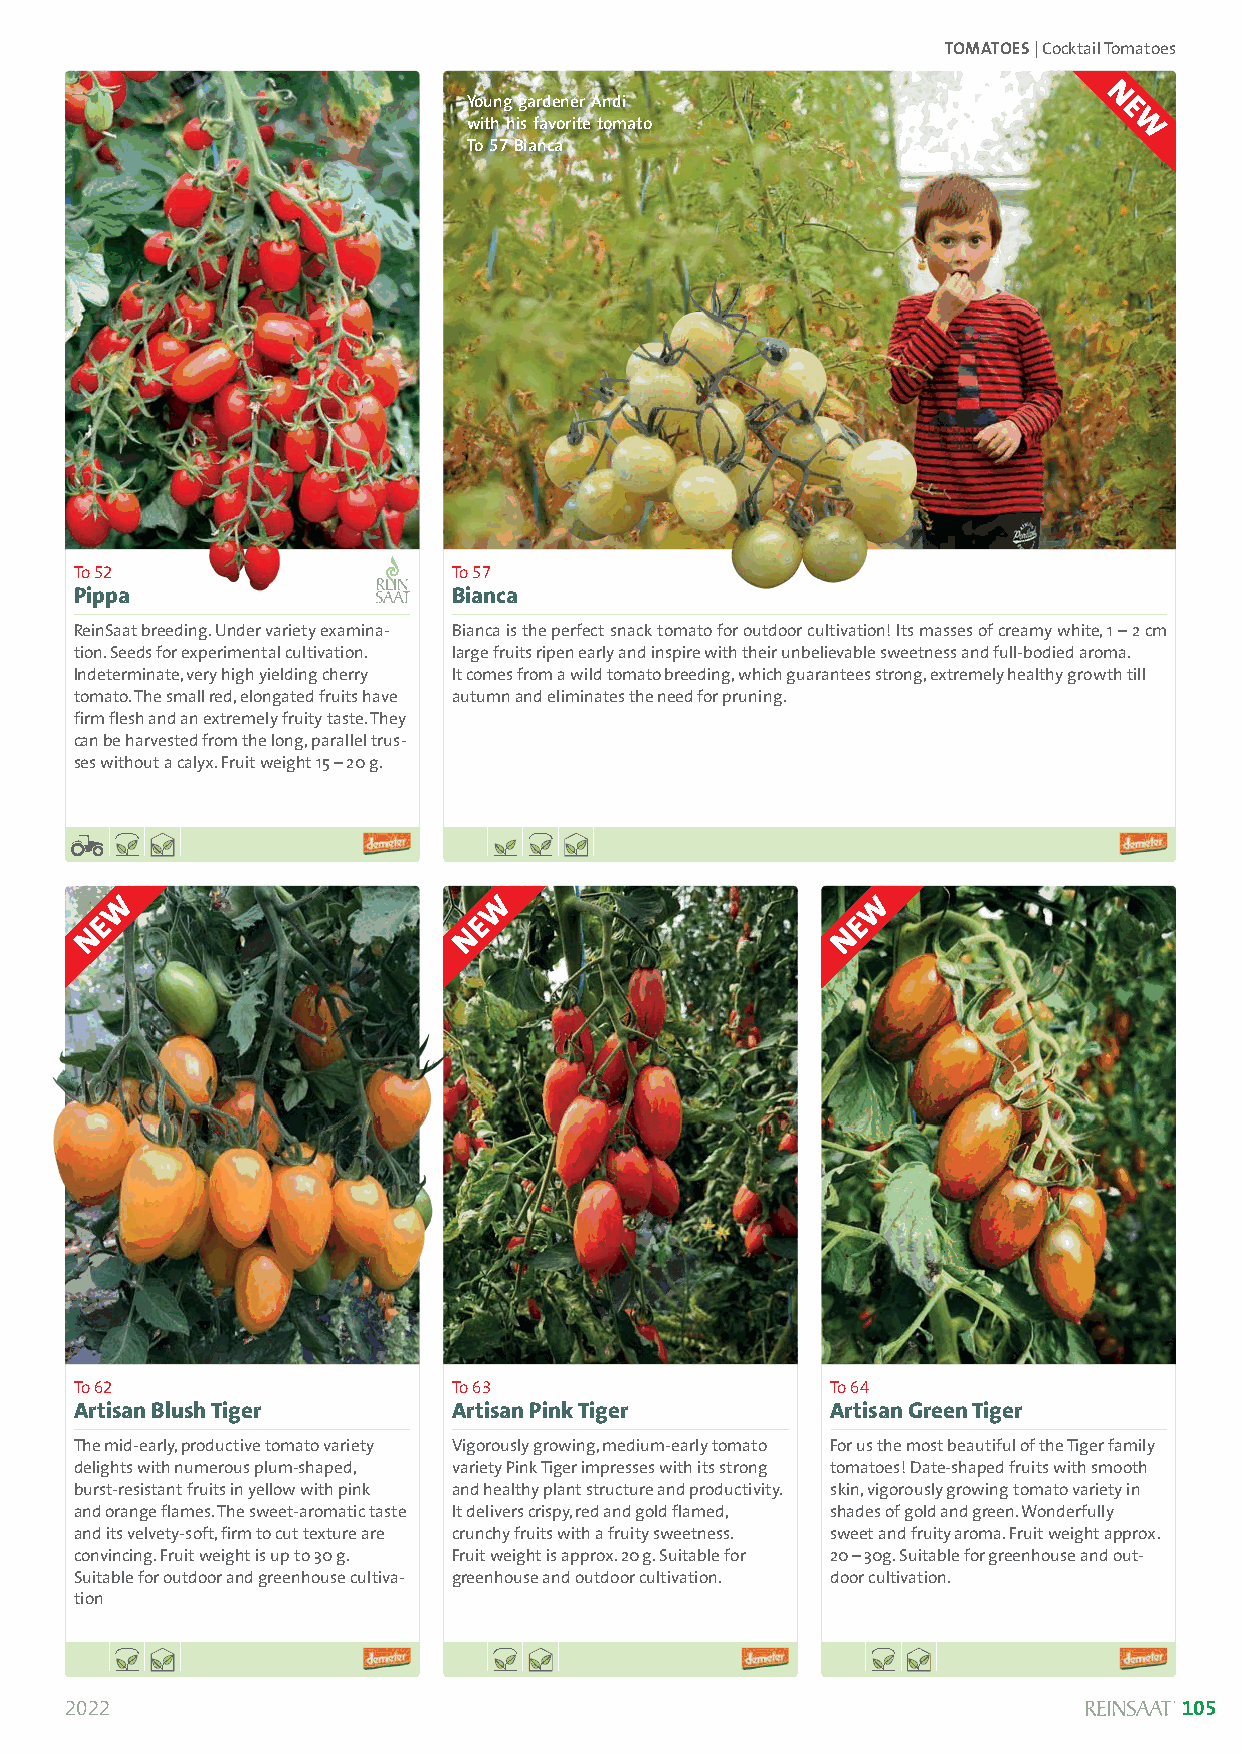
TOMATOES| Cocktail Tomatoes
 Young gardener Andi
 with his favorite tomato
 To 57Bianca
 To 52                    To 57
 Pippa                    Bianca
 ReinSaat breeding. Under variety examina- Bianca is the perfect snack tomato for outdoor cultivation! Its masses of creamy white, 1 –2 cm
 tion. Seeds for experimental cultivation. large fruits ripen early and inspire with their unbelievable sweetness and full-bodied aroma.
 Indeterminate, very high yielding cherry It comes from a wild tomato breeding, which guarantees strong, extremely healthy growth till
 tomato. The small red, elongated fruits have autumn and eliminates the need for pruning.
 firm flesh and an extremely fruity taste. They
 can be harvested from the long, parallel trus-
 ses without a calyx. Fruit weight 15 –20 g.
 To 62                    To 63                    To 64
 Artisan Blush Tiger      Artisan Pink Tiger       Artisan Green Tiger
 The mid-early, productive tomato variety Vigorously growing, medium-early tomato For us the most beautiful of the Tiger family
 delights with numerous plum-shaped, variety Pink Tiger impresses with its strong tomatoes! Date-shaped fruits with smooth
 burst-resistant fruits in yellow with pink and healthy plant structure and productivity. skin, vigorously growing tomato variety in
 and orange flames. The sweet-aromatic taste It delivers crispy, red and gold flamed, shades of gold and green. Wonderfully
 and its velvety-soft, firm to cut texture are crunchy fruits with a fruity sweetness. sweet and fruity aroma. Fruit weight approx.
 convincing. Fruit weight is up to 30 g. Fruit weight is approx. 20 g. Suitable for 20 –30g. Suitable for greenhouse and out-
 Suitable for outdoor and greenhouse cultiva- greenhouse and outdoor cultivation. door cultivation.
 tion
 2022                                                                      105